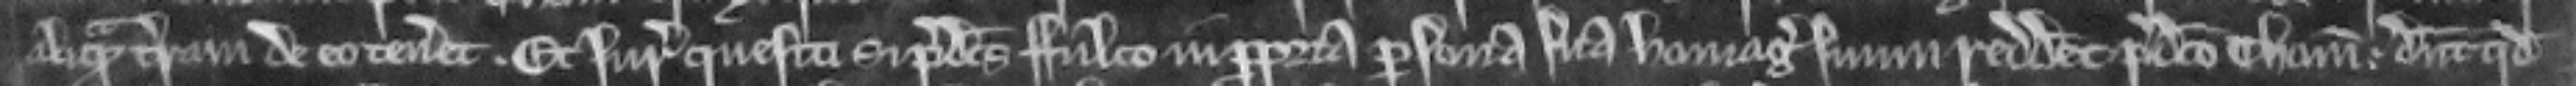
aliquam terram de eo teneret. Et juratores questi si predictus Fulco in propria persona sua homagium suum redderet predicto Thome. dicunt quod